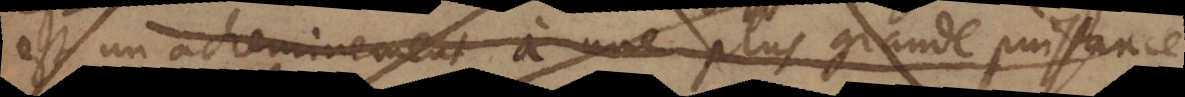
est un acheminement à une plus grande puissance